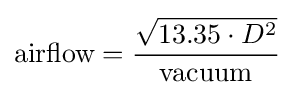
{\text{airflow}}={\frac {\sqrt {13.35\cdot D^{2}}}{\text{vacuum}}}